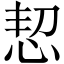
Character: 恝